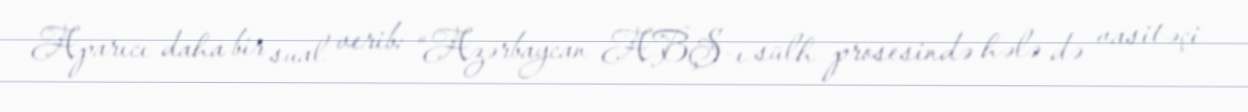
Aparıcı daha bir sual verib: “Azərbaycan ABŞ-ı sülh prosesində hələ də vasitəçi